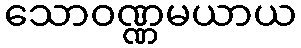
သောဝဏ္ဏမယာယ